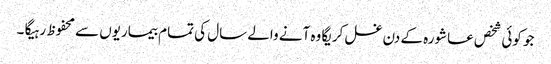
جو کوئی شخص عاشورہ کے دن غسل کریگا وہ آنے والے سال کی تمام بیماریوں سے محفوظ رہیگا ۔